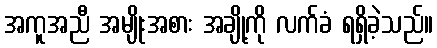
အကူအညီ အမျိုးအစား အချို့ကို လက်ခံ ရရှိခဲ့သည်။